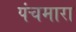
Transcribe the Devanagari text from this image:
पंचमारा